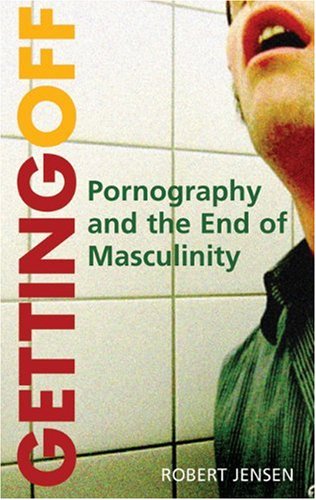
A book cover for Getting Off: Pornography and the End of Masculinity; Robert Jensen; Politics & Social Sciences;